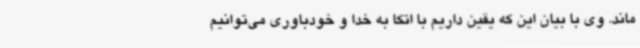
ماند. وی با بیان این که یقین داریم با اتکا به خدا و خودباوری می‌توانیم